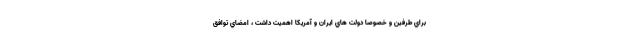
براي طرفين و خصوصا دولت هاي ايران و آمريكا اهميت داشت ، امضاي توافق